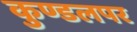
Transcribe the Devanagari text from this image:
कुण्डलपर